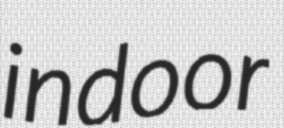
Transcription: indoor